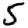
Digit: 5